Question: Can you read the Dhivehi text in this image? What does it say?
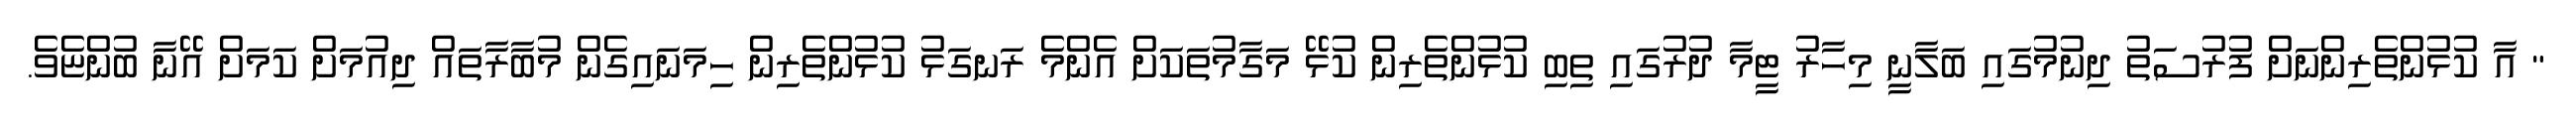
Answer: " އާ ކުޅުންތެރިންނަށް ފުރުސަތު ދިނުމުގައި ބަލާނީ މިހާރު ޓީމާ ދުރުގައި ތިބި ކުޅުންތެރިން ކުޅޭ މަގާމުތަކަށް އެންމެ ރަނގަޅު ކުޅުންތެރިން ހިމަނައިގެން މުބާރާތައް ދިއުމަށް ކަމަށް އޭނާ ބުންޏެވެ.